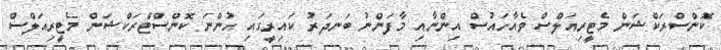
ކޮންސްރަކްޝަން މެޓީރިއަލްސް ވެއާހައުސް އިންނާއި މާފަންނު ބަނދަރު ކައިރީގައި ހުންނަ ކޮންސްޓްރަކްޝަން މެޓީރިއަލްސް